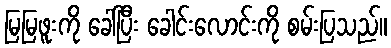
မြမြဖူးကို ခေါ်ပြီး ခေါင်းလောင်းကို စမ်းပြသည်။